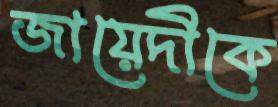
জায়েদীকে